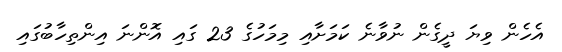
އެހެން ވިޔަ ދީގެން ނުވާނެ ކަމަށާއި މިމަހުގެ 23 ގައި އޮންނަ އިންތިހާބުގައި